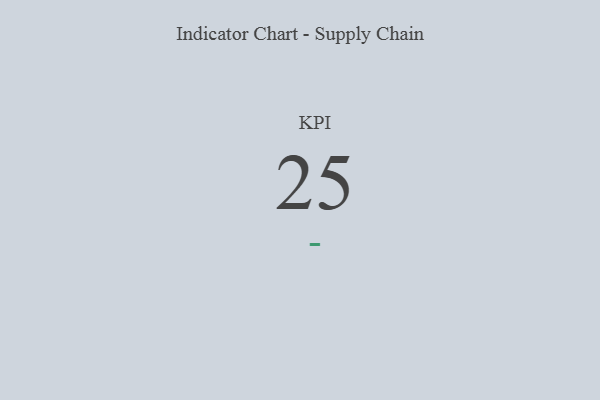
{"axis": {"x": "KPI", "y": "Value"}, "legend": [""], "data": [{"x": "KPI", "y": 25, "type": ""}]}